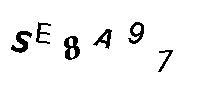
SE8A97